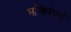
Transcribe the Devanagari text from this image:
भक्तिरंगचे